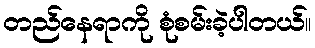
တည်နေရာကို စုံစမ်းခဲ့ပါတယ်။